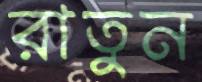
রাতুন